Vaccination in Burma 1900-1911 - 1900-1911
Year: 1900
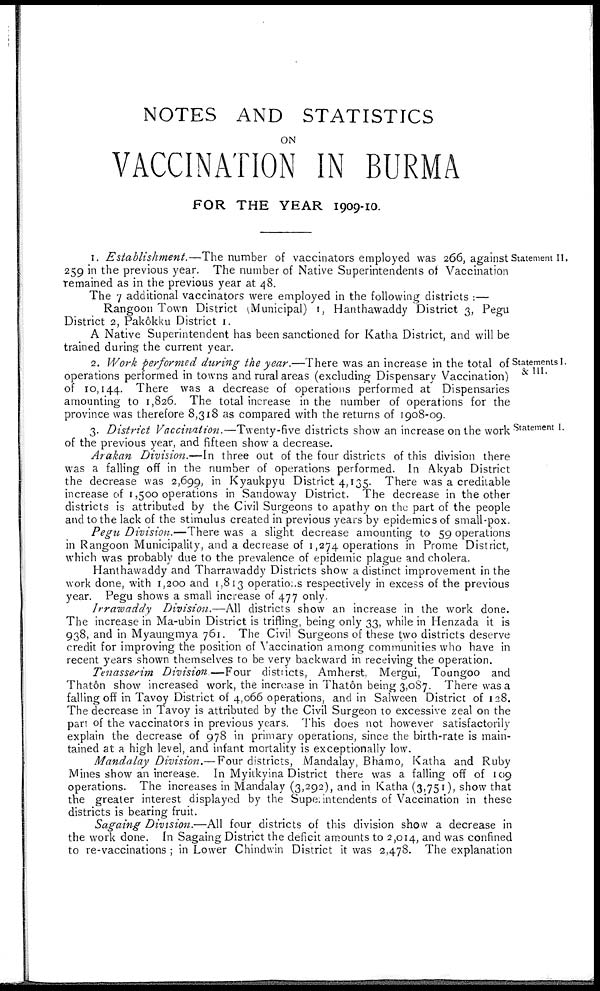
NOTES AND STATISTICS
ON
VACCINATION IN BURMA
FOR THE YEAR 1909-10.
Statement II.
1. Establishment.—The number of vaccinators employed was 266, against
259 in the previous year. The number of Native Superintendents of Vaccination
remained as in the previous year at 48.
The 7 additional vaccinators were employed in the following districts :—
Rangoon Town District (Municipal) 1, Hanthawaddy District 3, Pegu
District 2, Pakôkku District 1.
A Native Superintendent has been sanctioned for Katha District, and will be
trained during the current year.
Statements I.
& III.
2. Work performed during the year.—There was an increase in the total of
operations performed in towns and rural areas (excluding Dispensary Vaccination)
of 10,144. There was a decrease of operations performed at Dispensaries
amounting to 1,826. The total increase in the number of operations for the
province was therefore 8,318 as compared with the returns of 1908-09.
Statement I.
3. District Vaccination.—Twenty-five districts show an increase on the work
of the previous year, and fifteen show a decrease.
Arakan Division.—In three out of the four districts of this division there
was a falling off in the number of operations performed. In Akyab District
the decrease was 2,699, in Kyaukpyu District 4,135. There was a creditable
increase of 1,500 operations in Sandoway District. The decrease in the other
districts is attributed by the Civil Surgeons to apathy on the part of the people
and to the lack of the stimulus created in previous years by epidemics of small-pox.
Pegu Division.—There was a slight decrease amounting to 59 operations
in Rangoon Municipality, and a decrease of 1,274 operations in Prome District,
which was probably due to the prevalence of epidemic plague and cholera.
Hanthawaddy and Tharrawaddy Districts show a distinct improvement in the
work done, with 1,200 and 1,813 operations respectively in excess of the previous
year. Pegu shows a small increase of 477 only.
Irrawaddy Division.—All districts show an increase in the work done.
The increase in Ma-ubin District is trifling, being only 33, while in Henzada it is
938, and in Myaungmya 761. The Civil Surgeons of these two districts deserve
credit for improving the position of Vaccination among communities who have in
recent years shown themselves to be very backward in receiving the operation.
Tenasserim Division.—Four districts, Amherst, Mergui, Toungoo and
Thatôn show increased work, the increase in Thatôn being 3,087. There was a
falling off in Tavoy District of 4,066 operations, and in Salween District of 128.
The decrease in Tavoy is attributed by the Civil Surgeon to excessive zeal on the
part of the vaccinators in previous years. This does not however satisfactorily
explain the decrease of 978 in primary operations, since the birth-rate is main-
tained at a high level, and infant mortality is exceptionally low.
Mandalay Division.— Four districts, Mandalay, Bhamo, Katha and Ruby
Mines show an increase. In Myitkyina District there was a falling off of 109
operations. The increases in Mandalay (3,292), and in Katha (3,751), show that
the greater interest displayed by the Superintendents of Vaccination in these
districts is bearing fruit.
Sagaing Division.—All four districts of this division show a decrease in
the work done. In Sagaing District the deficit amounts to 2,014, and was confined
to re-vaccinations ; in Lower Chindwin District it was 2,478. The explanation